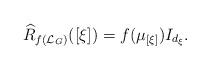
LaTeX: \begin{align*} \widehat{R}_{f(\mathcal{L}_G)}([\xi])=f(\mu_{[\xi]})I_{d_\xi}.\end{align*}